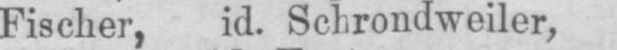
Fischer, id. Schrondweiler,